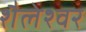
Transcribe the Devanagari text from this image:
शैलेश्‍वर